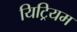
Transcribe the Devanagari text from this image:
यिट्रियम